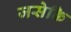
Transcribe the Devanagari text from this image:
जसेकि